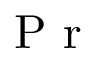
\mathrm { ~ P ~ r ~ } { }